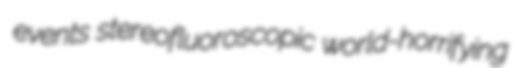
events stereofluoroscopic world-horrifying